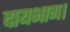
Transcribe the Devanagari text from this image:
दायभाग।